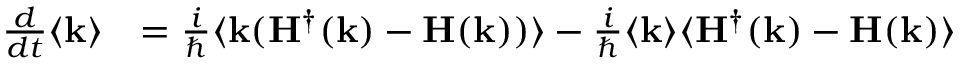
\begin{array} { r l } { \frac { d } { d t } \langle \mathbf { k } \rangle } & { = \frac { i } { \hbar } \langle \mathbf { k } ( \mathbf { H } ^ { \dagger } ( \mathbf { k } ) - \mathbf { H } ( \mathbf { k } ) ) \rangle - \frac { i } { \hbar } \langle \mathbf { k } \rangle \langle \mathbf { H } ^ { \dagger } ( \mathbf { k } ) - \mathbf { H } ( \mathbf { k } ) \rangle } \end{array}